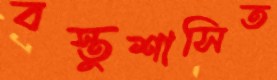
বস্তুশাসিত